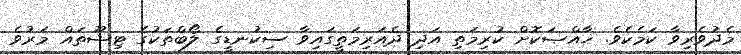
މެދުވެރިވާ ކަމެކެވެ. ޚާއްޞަކޮށް ކުރިމަތި އަދި ދެއަރިމަތީގައިވާ ސިކުނޑީގެ ލޯބްތަކުގެ ޓިޝޫތައް މަރުވެ